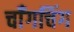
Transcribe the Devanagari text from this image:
चाँगचिंग